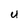
Character: U